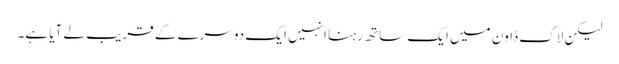
لیکن لاک ڈاون میں ایک ساتھ رہنا انہیں ایک دوسرے کے قریب لے آیا ہے۔